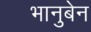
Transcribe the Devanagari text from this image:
भानुबेन